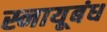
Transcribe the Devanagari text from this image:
स्नायूबंध